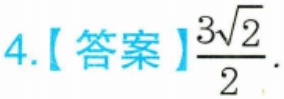
4.【答案】\(\frac{3\sqrt{2}}{2}\).